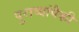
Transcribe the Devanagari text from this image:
पुराव्यांपैकी